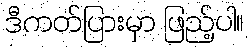
ဒီကတ်ပြားမှာ ဖြည့်ပါ။